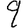
Digit: 9